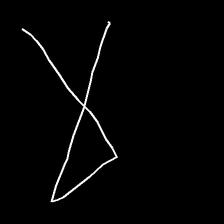
Glyph: collection